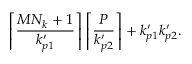
\left\lceil \frac { M N _ { k } + 1 } { k _ { p 1 } ^ { \prime } } \right\rceil \left\lceil \frac { P } { k _ { p 2 } ^ { \prime } } \right\rceil + k _ { p 1 } ^ { \prime } k _ { p 2 } ^ { \prime } .